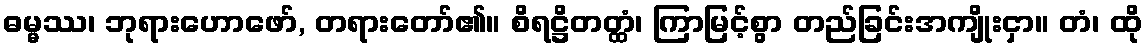
ဓမ္မဿ၊ ဘုရားဟောဖော်, တရားတော်၏။ စိရဋ္ဌိတတ္ထံ၊ ကြာမြင့်စွာ တည်ခြင်းအကျိုးငှာ။ တံ၊ ထို